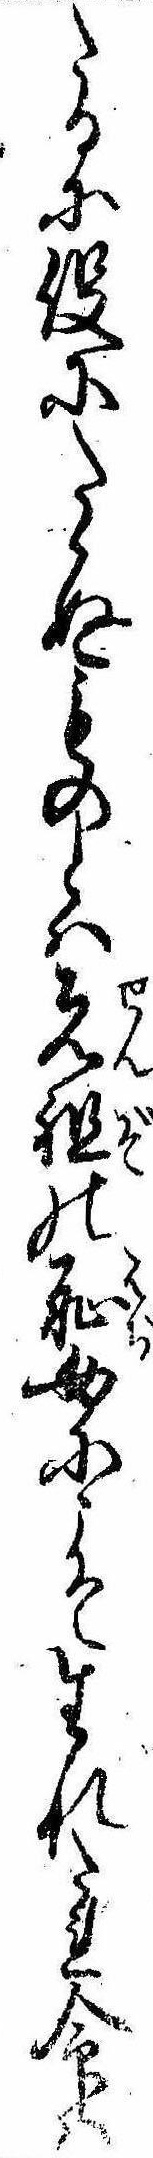
たるに役にたゝぬものとは先祖の恥女にこそ生れたれ命は